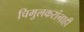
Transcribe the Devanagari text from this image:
चिमुलकरांनाही